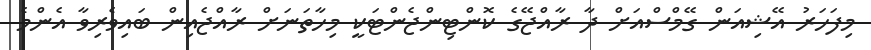
މިފަހަރު އޭޝިއަން ގޭމްސްއަށް ދާ ރާއްޖޭގެ ކޮންޓިންޖެންޓަކީ މިހާތަނަށް ރާއްޖެއިން ބައިވެރިވާ އެންމެ